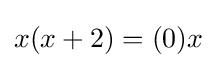
x(x+2)=(0)x